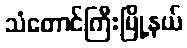
သံတောင်ကြီးမြို့နယ်